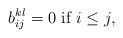
\begin{align*}b^{kl}_{ij}=0 \mbox{ if }i\leq j,\end{align*}